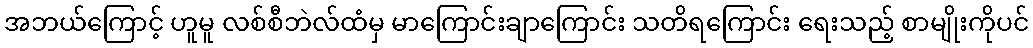
အဘယ်ကြောင့် ဟူမူ လစ်စီဘဲလ်ထံမှ မာကြောင်းချာကြောင်း သတိရကြောင်း ရေးသည့် စာမျိုးကိုပင်